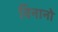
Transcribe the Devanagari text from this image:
विनानो